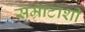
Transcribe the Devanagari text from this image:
सम्राटाशी